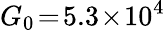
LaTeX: G_{0}\! =\! 5.3\! \times\! 10^{4}